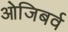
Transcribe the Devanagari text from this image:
ओजिबर्व